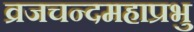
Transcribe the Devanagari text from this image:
व्रजचन्दमहाप्रभु